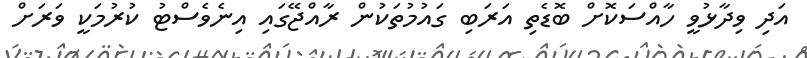
އަދި ވިދާޅުވީ ހާއްސަކޮށް ބޮޑެތި އަރަބި ގައުމުތަކުން ރާއްޖޭގައި އިނެވެސްޓު ކުރުމަކީ ވަރަށް